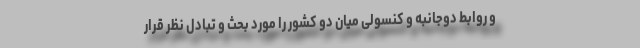
و روابط دوجانبه و کنسولی میان دو کشور را مورد بحث و تبادل نظر قرار